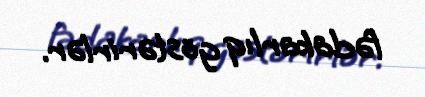
fədakarlıq göstərirlər.